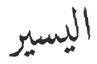
اليسير